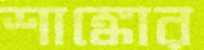
শাঙ্কোর